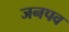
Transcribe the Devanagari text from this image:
जनपव